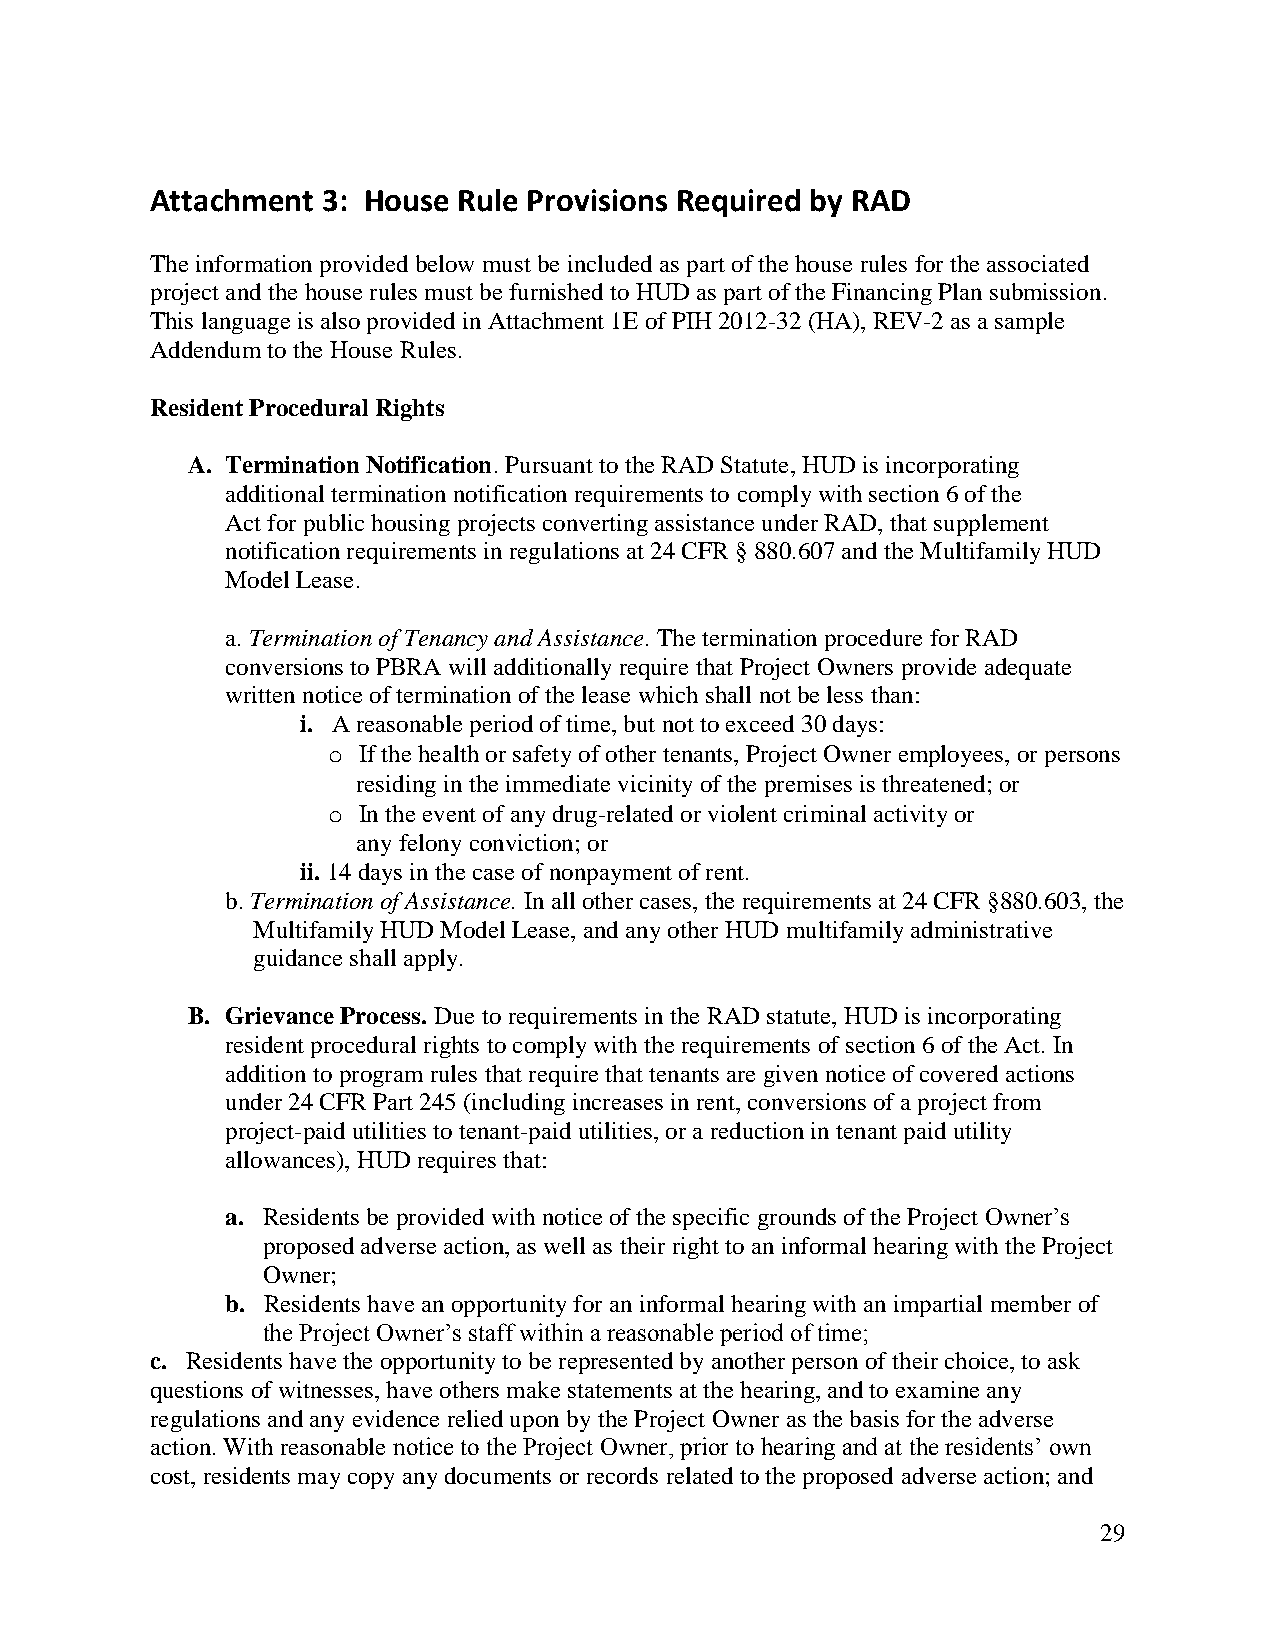
Attachment 3: House Rule Provisions Required by RAD
 The information provided below must be included as part of the house rules for the associated
 project and the house rules must be furnished to HUD as part of the Financing Plan submission.
 This language is also provided in Attachment 1E of PIH 2012-32 (HA), REV-2 as a sample
 Addendum to the House Rules.
 Resident Procedural Rights
 A. Termination Notification. Pursuant to the RAD Statute, HUD is incorporating
 additional termination notification requirements to comply with section 6 of the
 Act for public housing projects converting assistance under RAD, that supplement
 notification requirements in regulations at 24 CFR § 880.607 and the Multifamily HUD
 Model Lease.
 a. Termination of Tenancy and Assistance. The termination procedure for RAD
 conversions to PBRA will additionally require that Project Owners provide adequate
 written notice of termination of the lease which shall not be less than:
 i. A reasonable period of time, but not to exceed 30 days:
 o If the health or safety of other tenants, Project Owner employees, or persons
 residing in the immediate vicinity of the premises is threatened; or
 o In the event of any drug-related or violent criminal activity or
 any felony conviction; or
 ii. 14 days in the case of nonpayment of rent.
 b. Termination of Assistance. In all other cases, the requirements at 24 CFR §880.603, the
 Multifamily HUD Model Lease, and any other HUD multifamily administrative
 guidance shall apply.
 B. Grievance Process. Due to requirements in the RAD statute, HUD is incorporating
 resident procedural rights to comply with the requirements of section 6 of the Act. In
 addition to program rules that require that tenants are given notice of covered actions
 under 24 CFR Part 245 (including increases in rent, conversions of a project from
 project-paid utilities to tenant-paid utilities, or a reduction in tenant paid utility
 allowances), HUD requires that:
 a. Residents be provided with notice of the specific grounds of the Project Owner’s
 proposed adverse action, as well as their right to an informal hearing with the Project
 Owner;
 b. Residents have an opportunity for an informal hearing with an impartial member of
 the Project Owner’s staff within a reasonable period of time;
 c. Residents have the opportunity to be represented by another person of their choice, to ask
 questions of witnesses, have others make statements at the hearing, and to examine any
 regulations and any evidence relied upon by the Project Owner as the basis for the adverse
 action. With reasonable notice to the Project Owner, prior to hearing and at the residents’ own
 cost, residents may copy any documents or records related to the proposed adverse action; and
 29